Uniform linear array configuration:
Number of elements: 24
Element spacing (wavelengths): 0.5
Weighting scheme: kaiser
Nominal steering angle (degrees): -60
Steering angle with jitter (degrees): -61.465
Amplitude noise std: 0.05
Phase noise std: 0.05

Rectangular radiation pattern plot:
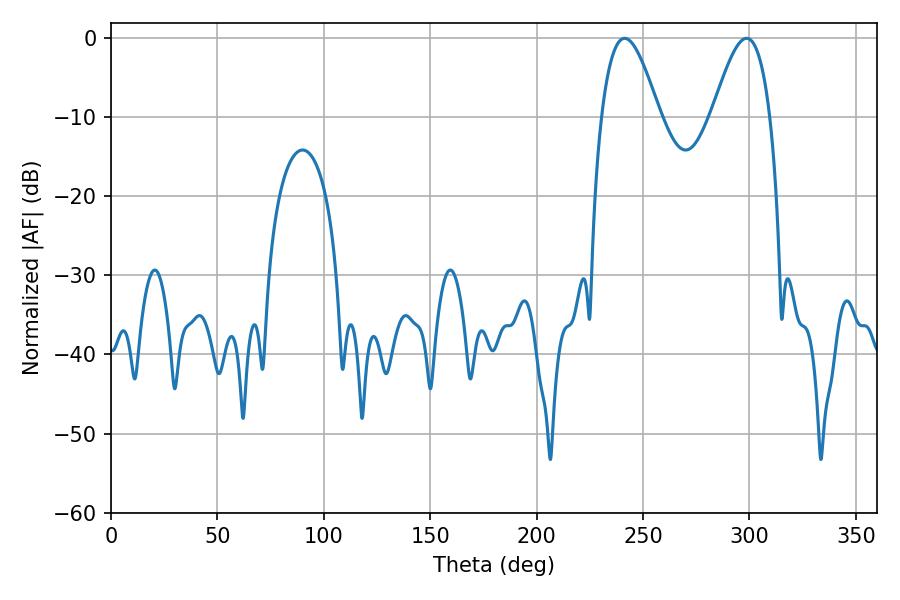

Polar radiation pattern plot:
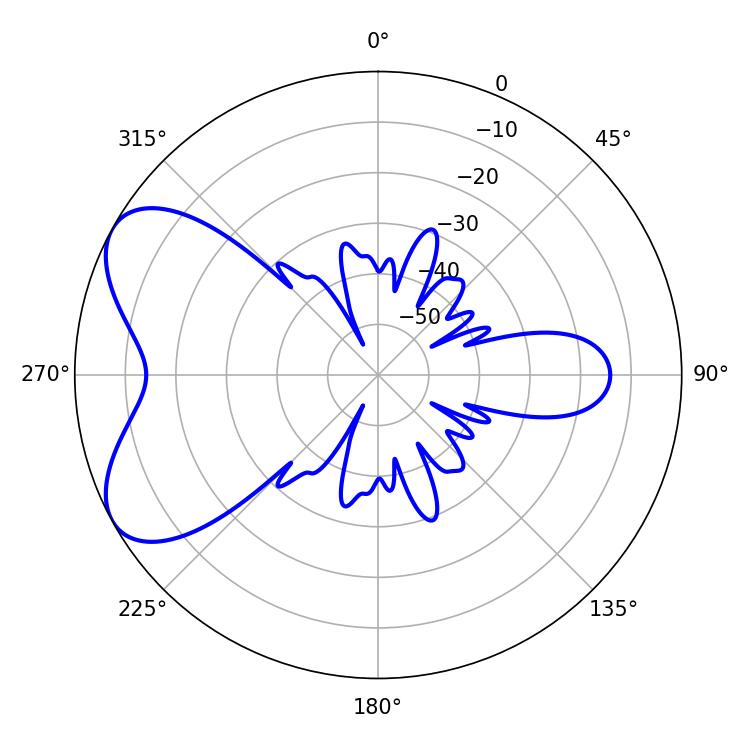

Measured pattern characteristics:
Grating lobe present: FALSE
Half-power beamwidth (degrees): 14.76
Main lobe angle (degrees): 241.38